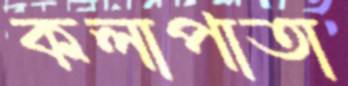
কলাপাতা